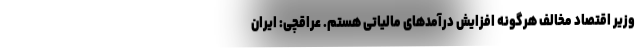
وزیر اقتصاد مخالف هرگونه افزایش درآمدهای مالیاتی هستم. عراقچی: ایران